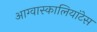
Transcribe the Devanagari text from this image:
आग्वास्कालियांटेस